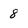
Character: 8